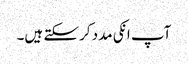
آپ انکی مدد کرسکتے ہیں۔